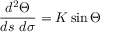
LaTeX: { \frac { d ^ { 2 } \Theta } { d s \ d \sigma } } = K \sin \Theta